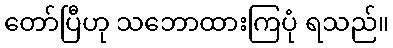
တော်ပြီဟု သဘောထားကြပုံ ရသည်။